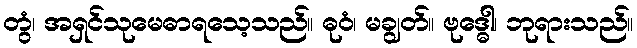
တွံ၊ အရှင်သုမေဓာရသေ့သည်။ ဓုဝံ၊ မချွတ်။ ဗုဒ္ဓေါ၊ ဘုရားသည်။